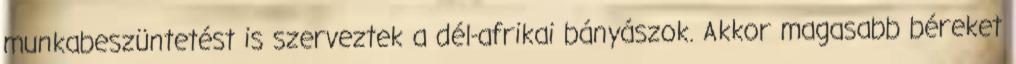
munkabeszüntetést is szerveztek a dél-afrikai bányászok. Akkor magasabb béreket